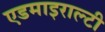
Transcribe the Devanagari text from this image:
एडमाइराल्टी